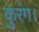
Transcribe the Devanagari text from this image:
कुरंग।